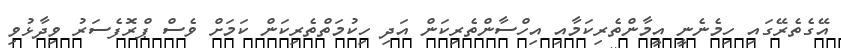
އޭގެތެރޭގައި ހިމެނެނީ އީމާންތެރިކަމާއި އިހްސާންތެރިކަން އަދި ހިކުމަތްތެރިކަން ކަމަށް ވެސް ޕްރޮފެސަރު ވިދާޅުވި